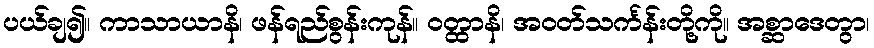
ပယ်ချ၍။ ကာသာယာနိ၊ ဖန်ရည်စွန်းကုန်။ ဝတ္ထာနိ၊ အဝတ်သင်္ကန်းတို့ကို။ အစ္ဆာဒေတွာ၊